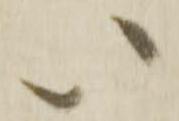
い